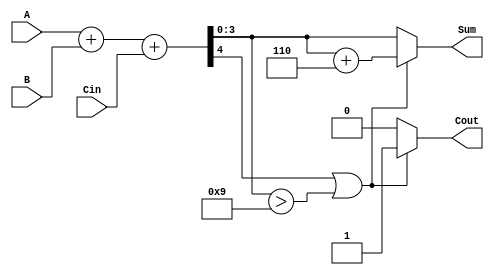
module BCD_Parallel_Adder (
    input  wire [3:0] A,      // First BCD digit
    input  wire [3:0] B,      // Second BCD digit
    input  wire Cin,          // Carry input
    output reg  [3:0] Sum,    // BCD result
    output reg  Cout          // Carry output
);

    wire [4:0] S;            // 5-bit sum to hold A + B + Cin
    wire correction_needed;   // Flag to indicate if correction is needed

    // Step 1: Perform binary addition
    assign S = A + B + Cin;

    // Step 2: Check if correction is needed
    assign correction_needed = (S[4] || (S[3:0] > 4'b1001));

    // Step 3: Calculate the corrected sum
    always @(*) begin
        if (correction_needed) begin
            Sum = S[3:0] + 4'b0110; // Add correction factor (6)
            Cout = 1;               // Set carry out
        end else begin
            Sum = S[3:0];           // No correction needed
            Cout = 0;               // No carry out
        end
    end

endmodule